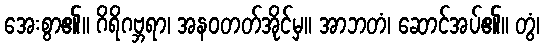
အေးစွာ၏။ ဂိရိဂဗ္ဘရာ၊ အနဝတတ်အိုင်မှ။ အာဘတံ၊ ဆောင်အပ်၏။ တွံ၊